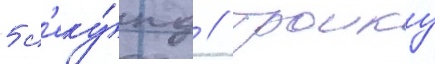
5 с'еку́нд // Троику